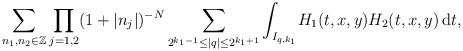
LaTeX: \begin{align*}\sum_{n_1,n_2\in\mathbb{Z}}\prod_{j=1,2}(1+|n_j|)^{-N}\sum_{2^{k_1-1}\leq|q|\leq2^{k_1+1}}\int_{I_{q,k_1}}\!H_1(t,x,y)H_2(t,x,y)\,\mathrm{d}t,\end{align*}